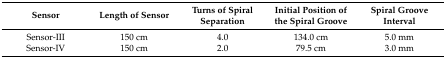
| Sensor | Length of Sensor | Turns of Spiral Separation | Initial Position of the Spiral Groove | Spiral Groove Interval |
 | --- | --- | --- | --- | --- |
 | Sensor-III | 150 cm | 4.0 | 134.0 cm | 5.0 mm |
 | Sensor-IV | 150 cm | 2.0 | 79.5 cm | 3.0 mm |